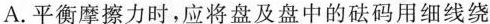
A.平衡摩擦力时，应将盘及盘中的砝码用细线绕